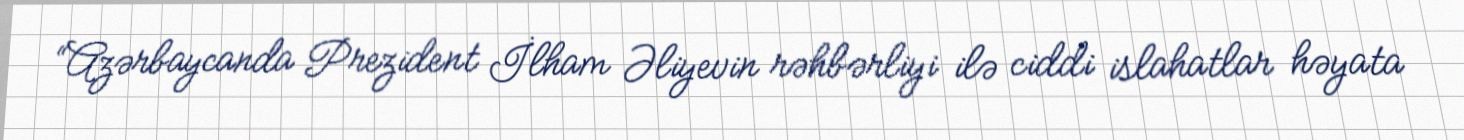
“Azərbaycanda Prezident İlham Əliyevin rəhbərliyi ilə ciddi islahatlar həyata